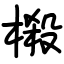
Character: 榝